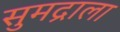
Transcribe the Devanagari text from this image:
सुमद्राला